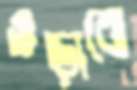
ওড়াবো